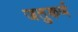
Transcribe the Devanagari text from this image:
जतुकर्ण